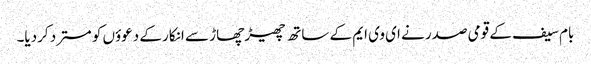
بام سیف کے قومی صدر نے ای وی ایم کے ساتھ چھیڑ چھاڑ سے انکار کے دعوؤں کو مسترد کردیا۔